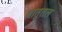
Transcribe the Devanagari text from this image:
धातुतल